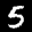
Label: 5